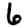
Digit: 6